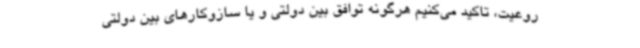
روعیت، تاکید می‌کنیم هرگونه توافق بین دولتی و یا سازوکارهای بین دولتی